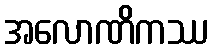
အလောဏိကဿ